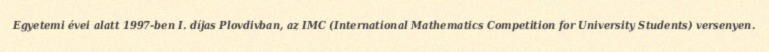
Egyetemi évei alatt 1997-ben I. díjas Plovdivban, az IMC (International Mathematics Competition for University Students) versenyen.